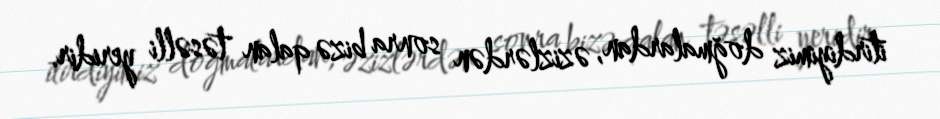
itirdiyimiz doğmalardan, əzizlərdən sonra bizə qalan təsəlli yeridir.